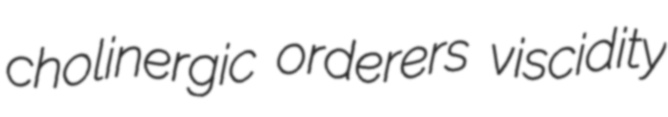
cholinergic orderers viscidity